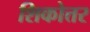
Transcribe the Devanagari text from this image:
शिकोत्तर